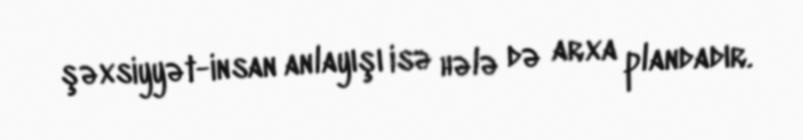
şəxsiyyət-insan anlayışı isə hələ də arxa plandadır.